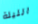
الليلة